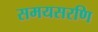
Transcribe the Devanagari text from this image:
समयसरणि